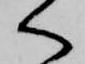
く